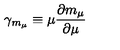
\gamma _ { m _ { \mu } } \equiv \mu \frac { \partial m _ { \mu } } { \partial \mu }